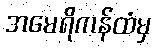
အမေရိကန်ထံမှ